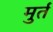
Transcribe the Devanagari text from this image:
मुर्त